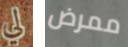
لي ممرض